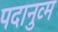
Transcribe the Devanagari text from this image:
पदानुव्म